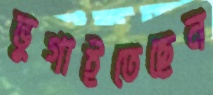
ভুগাইতেছেন